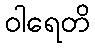
ဝါရေတိ